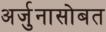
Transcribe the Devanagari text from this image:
अर्जुनासोबत